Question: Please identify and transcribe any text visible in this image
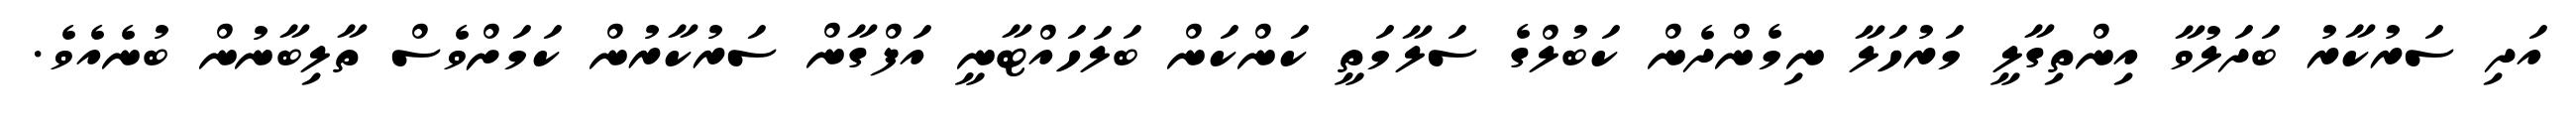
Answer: އަދި ސަރުކާރު ބަދަލުވާ އިންތިގާލީ މަރުހަލާ ނިމެންދެން ކަބުލްގެ ސަލާމަތީ ކަންކަން ބަލަހައްޓާނީ އަފްގާން ސަރުކާރުން ކަމަށްވެސް ތާލިބާނުން ބުނެއެވެ.